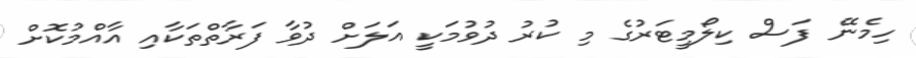
ހިމެނޭ ފަސް ކިލޯމީޓަރުގެ މި ކުރު ދުވުމަކީ އަލަށް ދުވާ ފަރާތްތަކާއި އާއްމުކޮށް